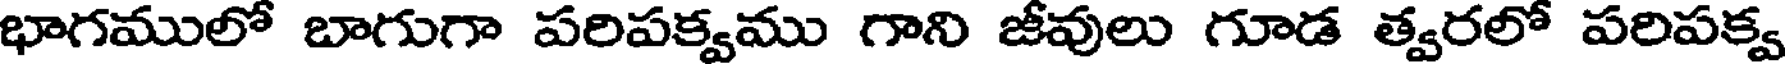
భాగములో బాగుగా పరిపక్వము గాని జీవులు గూడ త్వరలో పరిపక్వ